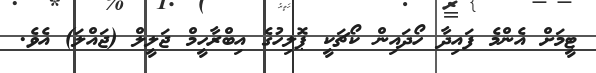
ޓީމަށް އެންމެ ފައިދާ ހޯދައިން ކޯޗަކީ ޕޮލިހުގެ އިބްރާހީމް ޖަލީލް (ޖައްލަ) އެވެ.